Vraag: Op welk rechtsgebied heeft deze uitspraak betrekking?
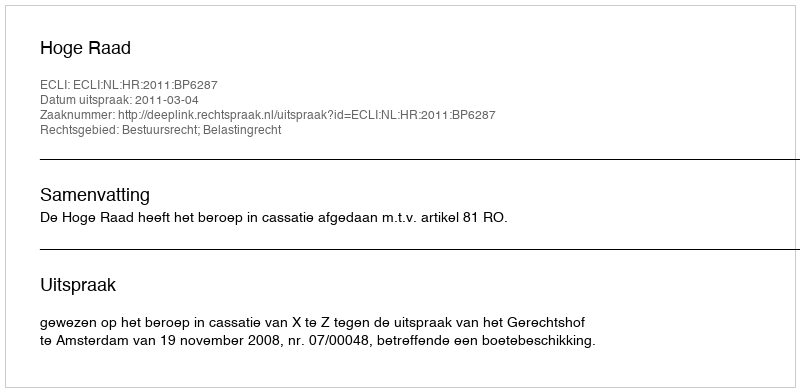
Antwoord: Bestuursrecht; Belastingrecht